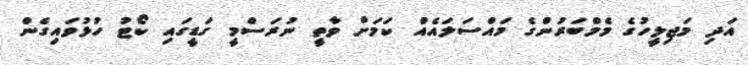
އަދި މަޖިލީހުގެ މެމްބަރުންގެ މައްސަލައެއް ކަމަށް ވާތީ ނުރަސްމީ ގަޑީގައި ކޯޓު ހުޅުވައިގެން